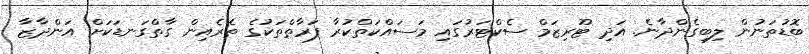
ބޮޑުތަނުން ލިބިގެންދާނެ. އަދި ޓޫރިޒަމް ސެކްޓަރުގައި މަސައްކަތްކުރާ ފަރާތްތަކުގެ ތެރެއިން ގާތްގަނޑަކަށް އަންދާޒާ